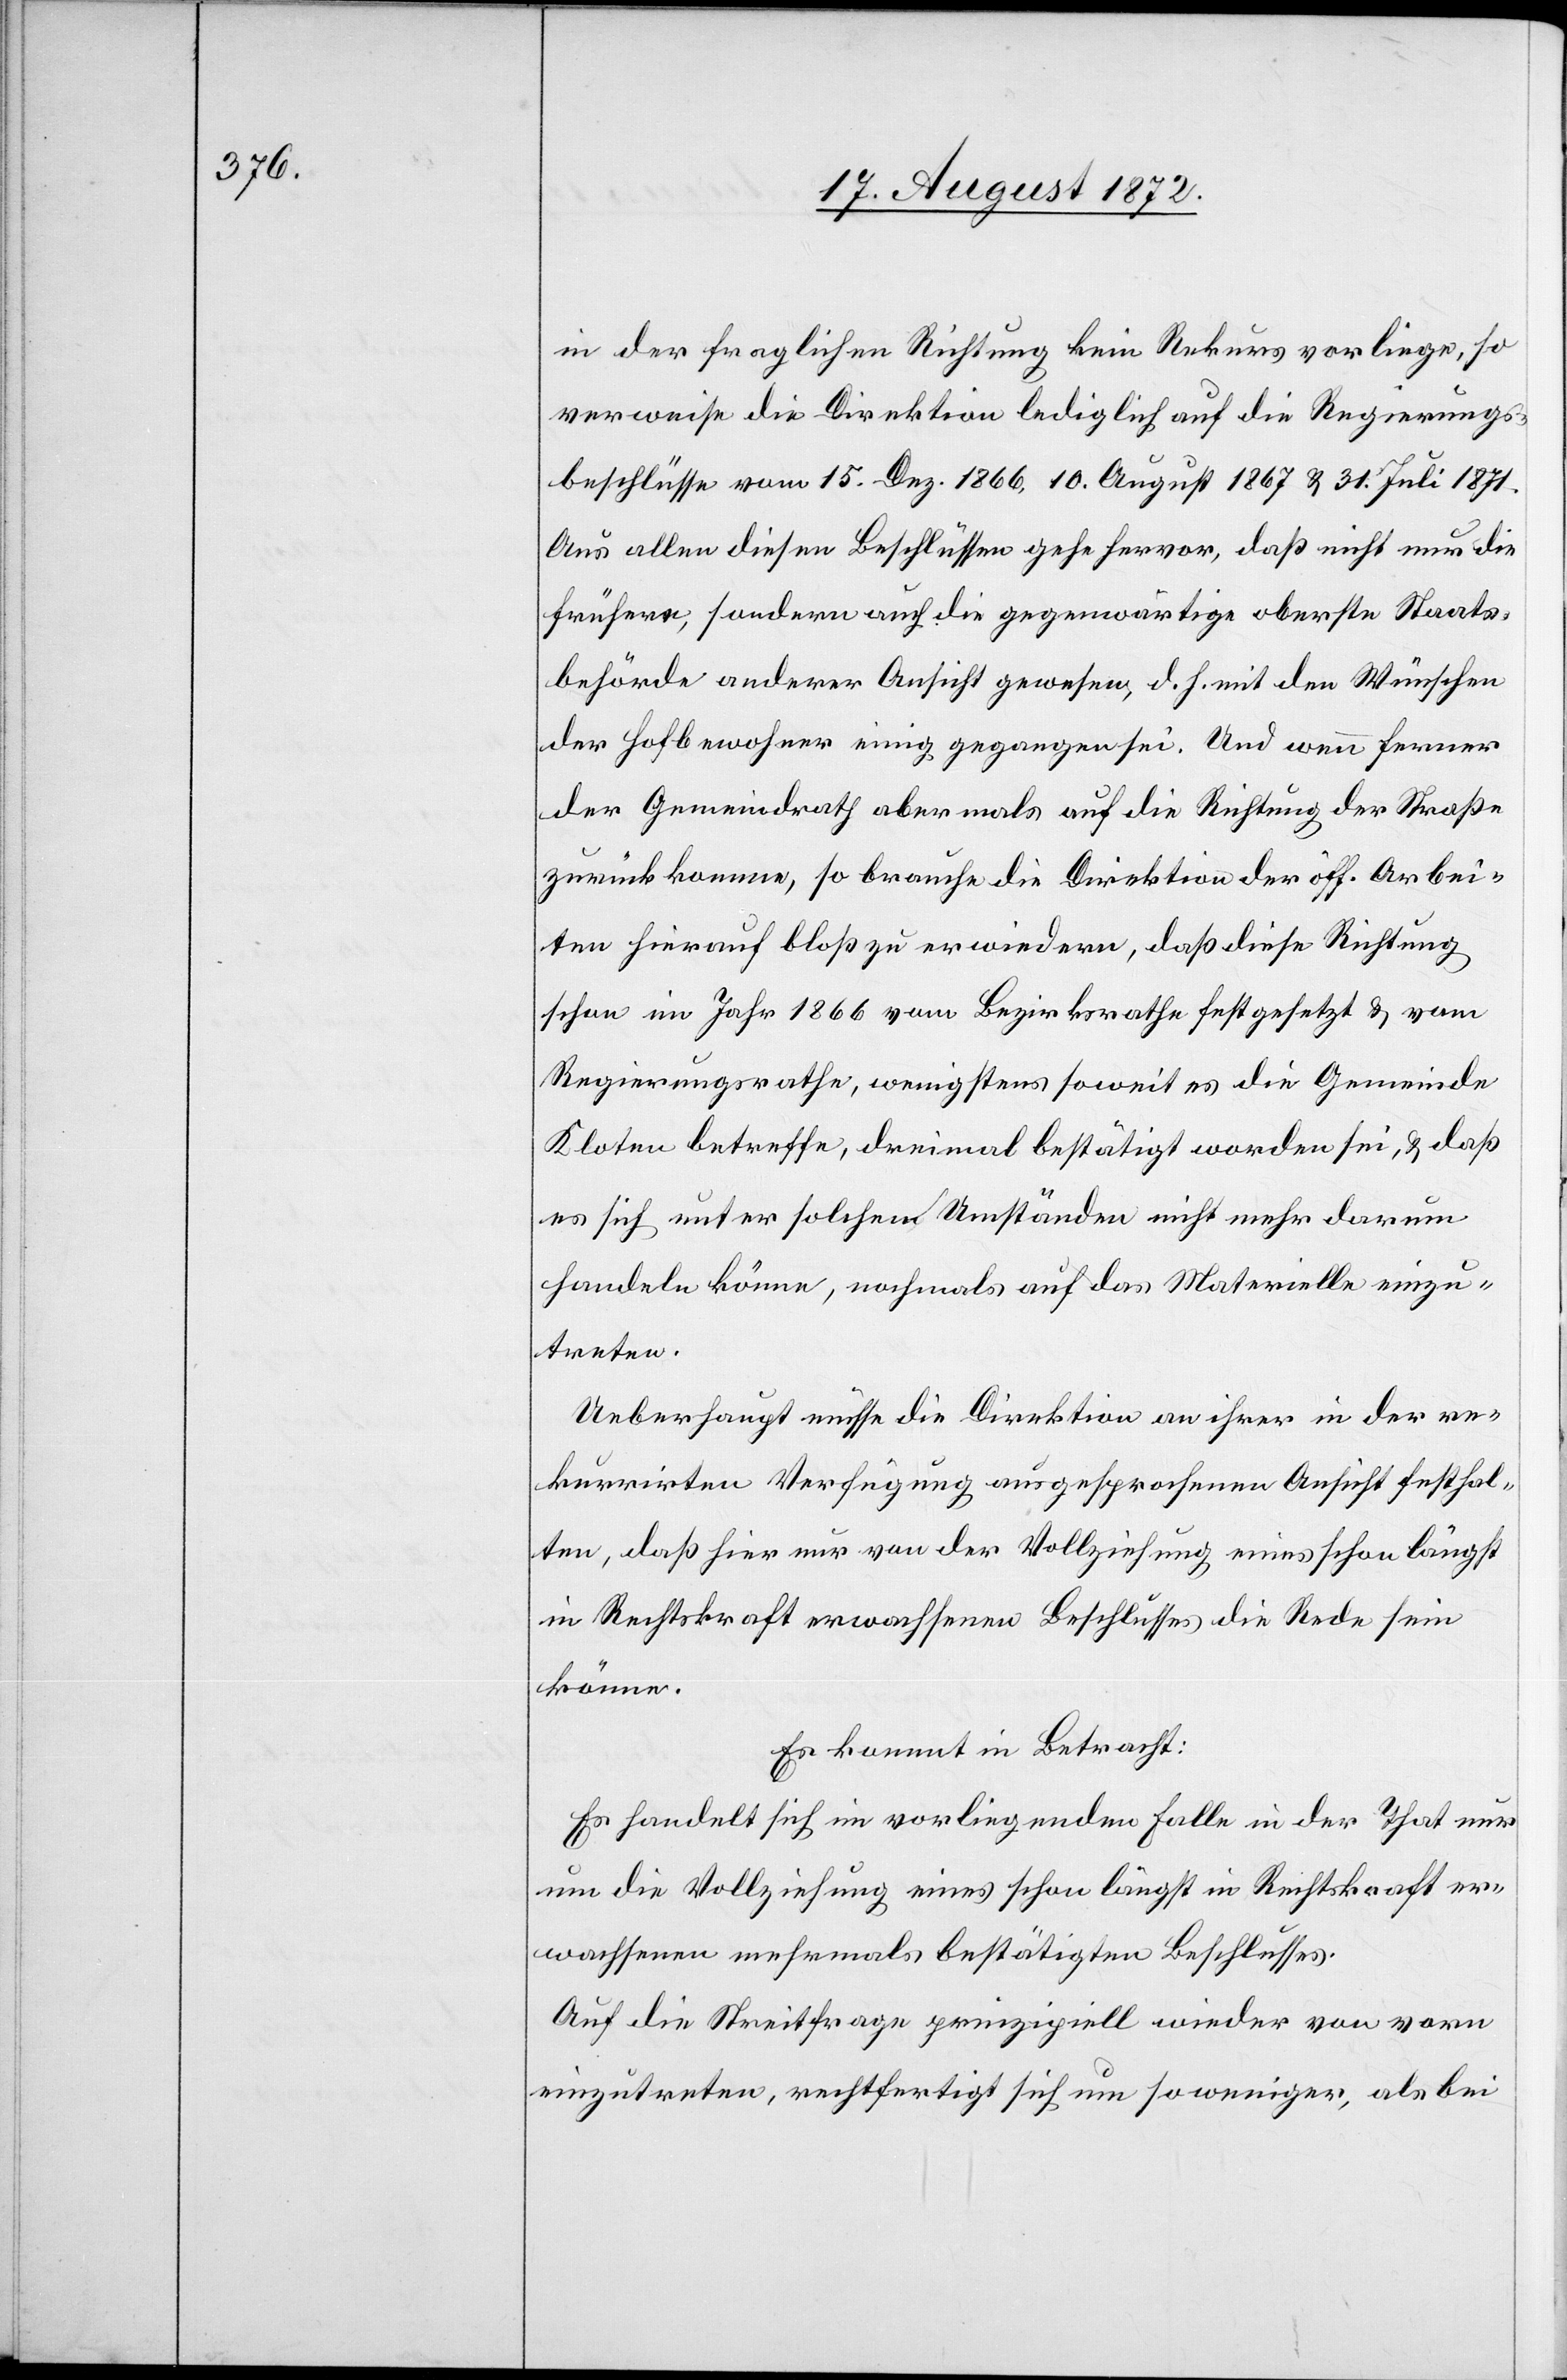
in der fraglichen Richtung kein Rekurs vorliege, so
verweise die Direktion lediglich auf die Regierungs¬
beschlüsse vom 15. Dez. 1866, 10. August 1867 u. 31. Juli 1871.
Aus allen diesen Beschlüssen gehe hervor, daß nicht nur die
frühere, sondern auch die gegenwärtige oberste Staats¬
behörde anderer Ansicht gewesen, d. h. mit den Wünschen
der Hofbewohner einig gegangen sei. Und wenn ferner
der Gemeindrath abermals auf die Richtung der Straße
zurückkomme, so brauche die Direktion der öff. Arbei¬
ten hierauf bloß zu erwiedern, daß diese Richtung
schon im Jahr 1866 vom Bezirksrathe festgesetzt u. vom
Regierungsrathe, wenigstens soweit es die Gemeinde
Kloten betreffe, dreimal bestätigt worden sei, u. daß
es sich unter solchen Umständen nicht mehr darum
handeln könne, nochmals auf das Materielle einzu¬
treten.
Ueberhaupt müsse die Direktion an ihrer in der re¬
kurrirten Verfügung ausgesprochenen Ansicht festhal¬
ten, daß hier nur von der Vollziehung eines schon längst
in Rechtskraft erwachsenen Beschlusses die Rede sein
könne.
Es kommt in Betracht:
Es handelt sich im vorliegenden Falle in der That nur
um die Vollziehung eines schon längst in Rechtskraft er¬
wachsenen mehrmals bestätigten Beschlusses.
Auf die Streitfrage prinzipiell wieder von vorn
einzutreten, rechtfertigt sich um so weniger, als bei